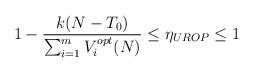
LaTeX: \begin{align*}1- \frac{k(N-T_0)}{\sum_{i=1}^m V_i^{opt}(N)}\leq \eta_{UROP}\leq 1\end{align*}